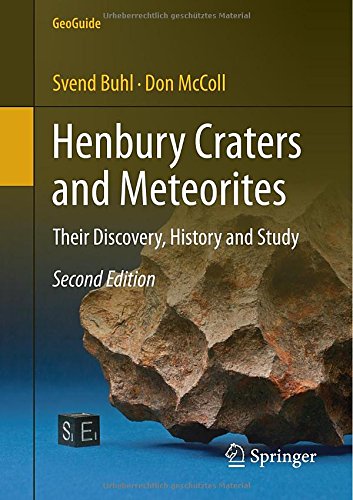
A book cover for Henbury Craters and Meteorites: Their Discovery, History and Study (GeoGuide); Svend Buhl; Science & Math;